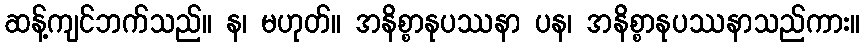
ဆန့်ကျင်ဘက်သည်။ န၊ မဟုတ်။ အနိစ္စာနုပဿနာ ပန၊ အနိစ္စာနုပဿနာသည်ကား။